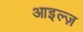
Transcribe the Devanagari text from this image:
आइल्ज़